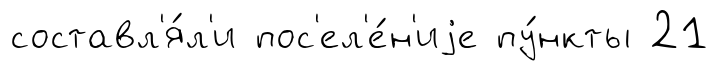
составл'я́л'и пос'ел'е́н'иjе пу́нкты 21